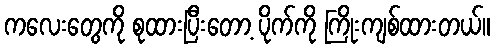
ကလေးတွေကို စုထားပြီးတော့ ပိုက်ကို ကြိုးကျစ်ထားတယ်။